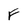
Character: F